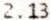
2.13